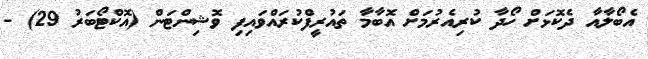
އެބޯލާއާ ދެކޮޅަށް ހޯދާ ކުރިއެރުމަށް އޮބާމާ ތައުރީފްކުރައްވައިފި ވޮޝިންޓަން (އޮކްޓޯބަރު 29) -